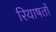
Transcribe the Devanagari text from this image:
रियाषतों